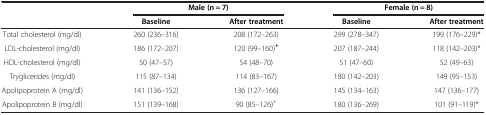
<table><thead><tr><td>[EMPTY_CELL]</td><td colspan="2"><b>Male (n = 7)</b></td><td colspan="2"><b>Female (n = 8)</b></td></tr><tr><td>[EMPTY_CELL]</td><td><b>Baseline</b></td><td><b>After treatment</b></td><td><b>Baseline</b></td><td><b>After treatment</b></td></tr></thead><tbody><tr><td>Total cholesterol (mg/dl)</td><td>260 (236–316)</td><td>208 (172–263)</td><td>299 (278–347)</td><td>199 (176–229)*</td></tr><tr><td>LDL-cholesterol (mg/dl)</td><td>186 (172–207)</td><td>120 (99–160)<sup><b>+</b></sup></td><td>207 (187–244)</td><td>118 (142–203)*</td></tr><tr><td>HDL-cholesterol (mg/dl)</td><td>50 (47–57)</td><td>54 (48–70)</td><td>51 (47–60)</td><td>52 (49–63)</td></tr><tr><td>Tryglicerides (mg/dl)</td><td>115 (87–134)</td><td>114 (83–167)</td><td>180 (142–203)</td><td>149 (95–153)</td></tr><tr><td>Apolipoprotein A (mg/dl)</td><td>141 (136–152)</td><td>136 (127–166)</td><td>145 (134–163)</td><td>147 (136–177)</td></tr><tr><td>Apolipoprotein B (mg/dl)</td><td>151 (139–168)</td><td>90 (85–126)<sup>+</sup></td><td>180 (136–269)</td><td>101 (91–119)*</td></tr></tbody></table>